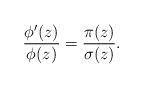
LaTeX: \begin{align*}\frac{\phi'(z)}{\phi(z)}=\frac{\pi(z)}{\sigma(z)}. \end{align*}